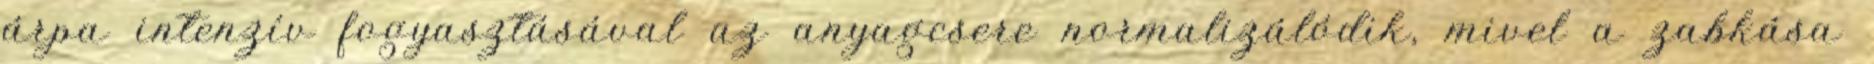
árpa intenzív fogyasztásával az anyagcsere normalizálódik, mivel a zabkása